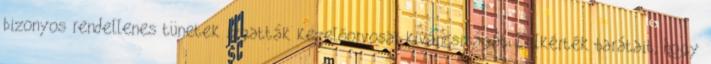
bizonyos rendellenes tünetek izgatták kezelőorvosai kíváncsiságát. Felkérték barátait, hogy